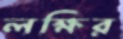
লক্ষির